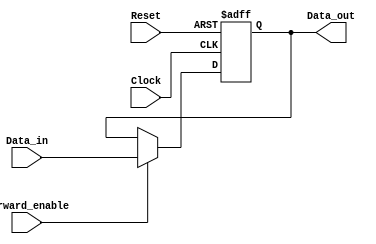
module ForwardingRegister (
    input wire [31:0] Data_in,      // Input data to be forwarded (32-bit)
    input wire Forward_enable,       // Control signal for forwarding
    input wire Clock,                // Clock signal
    input wire Reset,                // Asynchronous reset signal
    output reg [31:0] Data_out       // Output data from the register
);

    // Asynchronous reset and synchronous operation
    always @(posedge Clock or posedge Reset) begin
        if (Reset) begin
            Data_out <= 32'b0;        // Clear register on reset
        end else if (Forward_enable) begin
            Data_out <= Data_in;      // Forward data if enabled
        end
        // If Forward_enable is not asserted, retain previous value of Data_out
    end

endmodule